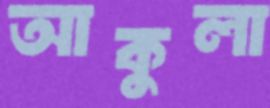
আকুলা